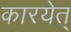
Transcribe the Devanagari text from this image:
कारयेत्‌